Vaccination United Provinces of Agra and Oudh 1923-1928 - 1923-1928
Year: 1923
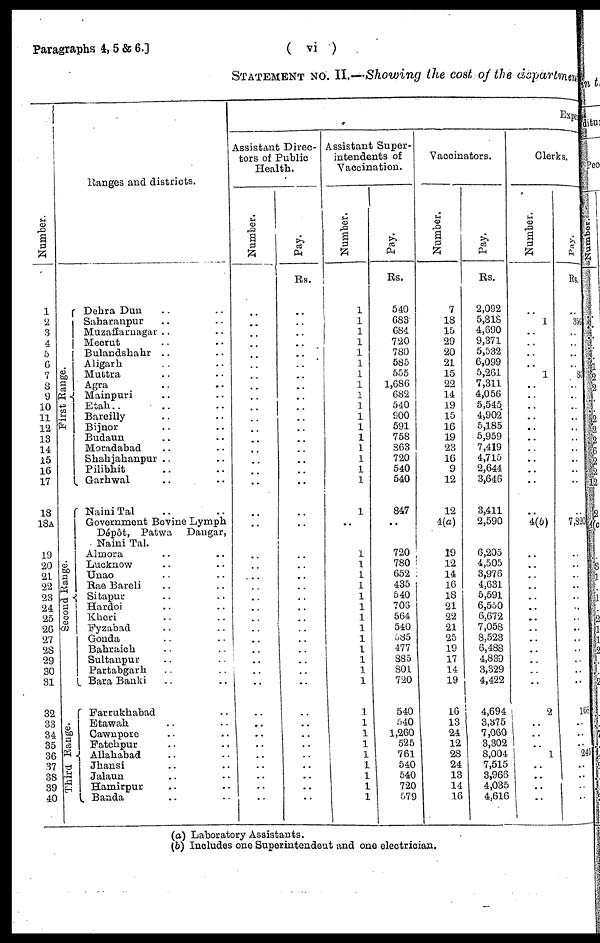
Paragraphs 4, 5 & 6.]
( vi )
STATEMENT NO. II..—Showing the cost of the department
Number.
1
2
3
4
5
6
7
8
9
10
11
12
13
14
15
16
17
18
18A
19
20
21
22
23
24
25
26
27
28
29
30
31
32
33
34
35
36
37
38
39
40
Ranges and districts.
First Range.
Second Range.
Third Range.
Dehra Dun .. ..
Saharanpur .. ..
Muzaffarnagar .. ..
Meerut .. ..
Bulandshahr .. ..
Aligarh .. ..
Muttra .. ..
Agra .. ..
Mainpuri .. ..
Etah ..
..
Bareilly .. ..
Bijnor .. ..
Budaun .. ..
Moradabad .. ..
Shahjahanpur .. ..
Pilibhit .. ..
Garhwal .. ..
Naini Tal .. ..
Government Bovine Lymph
Dépôt, Patwa
Dangar,
Naini Tal.
Almora .. ..
Lucknow .. ..
Unao .. ..
Rae Bareli .. ..
Sitapur .. ..
Hardoi .. ..
Kheri .. ..
Fyzabad .. ..
Gonda .. ..
Bahraich .. ..
Sultanpur .. ..
Partabgarh .. ..
Bara Banki .. ..
Farrukhabad .. ..
Etawah .. ..
Cawnpore .. ..
Fatehpur .. ..
Allahabad .. ..
Jhansi .. ..
Jalaun .. ..
Hamirpur .. ..
Banda .. ..
Expe
Assistant Direc-
tors of Public
Health.
Number.
..
..
..
..
..
..
..
..
..
..
..
..
..
..
..
..
..
..
..
..
..
..
..
..
..
..
..
..
..
..
..
..
..
..
..
..
..
..
..
..
..
Pay.
Rs.
..
..
..
..
..
..
..
..
..
..
..
..
..
..
..
..
..
..
..
..
..
..
..
..
..
..
..
..
..
..
..
..
..
..
..
..
..
..
..
..
..
Assistant Super-
intendents of
Vaccination.
Number.
1
1
1
1
1
1
1
1
1
1
1
1
1
1
1
1
1
1
..
1
1
1
1
1
1
1
1
1
1
1
1
1
1
1
1
1
1
1
1
1
1
Pay.
Rs.
540
683
684
720
780
585
555
1,686
682
540
900
591
758
863
720
540
540
847
..
720
780
652
435
540
706
564
540
585
477
885
801
720
540
540
1,260
525
761
540
540
720
579
Vaccinators.
Number.
7
18
15
29
20
21
15
22
14
19
15
16
19
23
16
9
12
12
4(a)
19
12
14
16
18
21
22
21
25
19
17
14
19
16
13
24
12
28
24
13
14
16
Pay.
Rs.
2,092
5,818
4,690
9,371
5,532
6,099
5,261
7,311
4,056
5,545
4,902
5,185
5,959
7,419
4,715
2,644
3,646
3,411
2,590
6,205
4,505
3,976
4,631
5,591
6,550
6,672
7,058
8,523
6,488
4,839
3,329
4,422
4,694
3,375
7,060
3,302
8,004
7,515
3,966
4,035
4,616
Clerks.
Number.
..
1
..
..
..
..
1
..
..
..
..
..
..
..
..
..
..
..
4(b)
..
..
..
..
..
..
..
..
..
..
..
..
..
2
..
..
..
1
..
..
..
..
Pay.
Rs.
..
35
..
..
..
..
8
..
..
..
..
..
..
..
..
..
..
..
7,820
..
..
..
..
..
..
..
..
..
..
..
..
..
16
..
..
..
245
..
..
..
..
(a) Laboratory Assistants.
(b) Includes one Superintendent and one electrician.